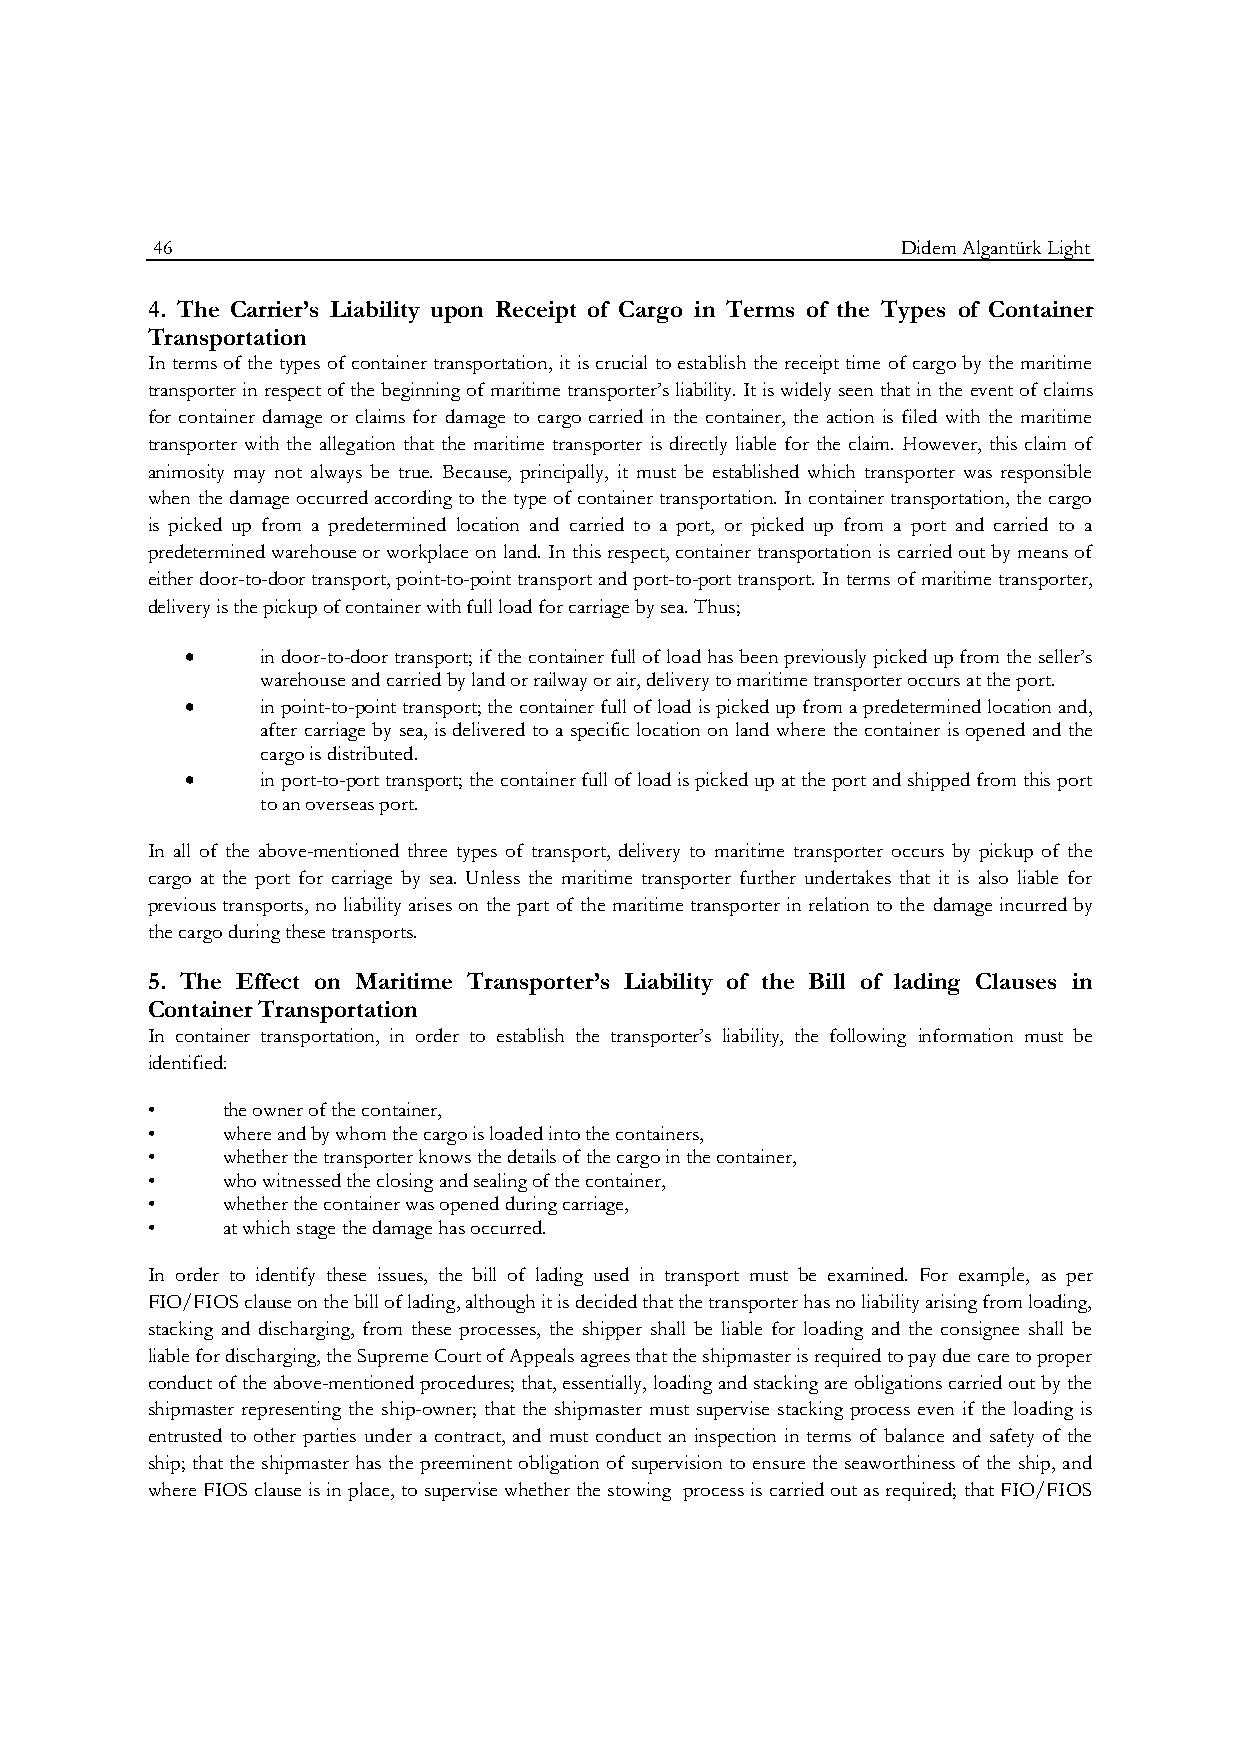
46                                                Didem Algantürk Light
 4. The Carrier’s Liability upon Receipt of Cargo in Terms of the Types of Container
 Transportation
 In terms of the types of container transportation, it is crucial to establish the receipt time of cargo by the maritime
 transporter in respect of the beginning of maritime transporter’s liability. It is widely seen that in the event of claims
 for container damage or claims for damage to cargo carried in the container, the action is filed with the maritime
 transporter with the allegation that the maritime transporter is directly liable for the claim. However, this claim of
 animosity may not always be true. Because, principally, it must be established which transporter was responsible
 when the damage occurred according to the type of container transportation. In container transportation, the cargo
 is picked up from a predetermined location and carried to a port, or picked up from a port and carried to a
 predetermined warehouse or workplace on land. In this respect, container transportation is carried out by means of
 either door-to-door transport, point-to-point transport and port-to-port transport. In terms of maritime transporter,
 delivery is the pickup of container with full load for carriage by sea. Thus;
     in door-to-door transport; if the container full of load has been previously picked up from the seller’s
 warehouse and carried by land or railway or air, delivery to maritime transporter occurs at the port.
     in point-to-point transport; the container full of load is picked up from a predetermined location and,
 after carriage by sea, is delivered to a specific location on land where the container is opened and the
 cargo is distributed.
     in port-to-port transport; the container full of load is picked up at the port and shipped from this port
 to an overseas port.
 In all of the above-mentioned three types of transport, delivery to maritime transporter occurs by pickup of the
 cargo at the port for carriage by sea. Unless the maritime transporter further undertakes that it is also liable for
 previous transports, no liability arises on the part of the maritime transporter in relation to the damage incurred by
 the cargo during these transports.
 5. The Effect on Maritime Transporter’s Liability of the Bill of lading Clauses in
 Container Transportation
 In container transportation, in order to establish the transporter’s liability, the following information must be
 identified:
 •    the owner of the container,
 •    where and by whom the cargo is loaded into the containers,
 •    whether the transporter knows the details of the cargo in the container,
 •    who witnessed the closing and sealing of the container,
 •    whether the container was opened during carriage,
 •    at which stage the damage has occurred.
 In order to identify these issues, the bill of lading used in transport must be examined. For example, as per
 FIO/FIOS clause on the bill of lading, although it is decided that the transporter has no liability arising from loading,
 stacking and discharging, from these processes, the shipper shall be liable for loading and the consignee shall be
 liable for discharging, the Supreme Court of Appeals agrees that the shipmaster is required to pay due care to proper
 conduct of the above-mentioned procedures; that, essentially, loading and stacking are obligations carried out by the
 shipmaster representing the ship-owner; that the shipmaster must supervise stacking process even if the loading is
 entrusted to other parties under a contract, and must conduct an inspection in terms of balance and safety of the
 ship; that the shipmaster has the preeminent obligation of supervision to ensure the seaworthiness of the ship, and
 where FIOS clause is in place, to supervise whether the stowing process is carried out as required; that FIO/FIOS